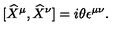
\lbrack \widehat { X } ^ { \mu } , \widehat { X } ^ { \nu } ] = i \theta \epsilon ^ { \mu \nu } .